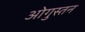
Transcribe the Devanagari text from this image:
ओगुस्तन